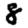
Digit: 8